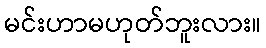
မင်းဟာမဟုတ်ဘူးလား။